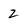
Character: 2